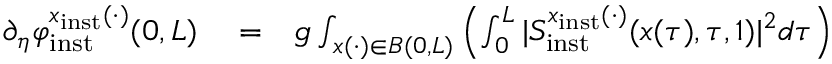
\begin{array} { r l r } { \partial _ { \eta } \varphi _ { \mathrm { i n s t } } ^ { x _ { \mathrm { i n s t } } ( \cdot ) } ( 0 , L ) } & { { } = } & { g \int _ { x ( \cdot ) \in B ( 0 , L ) } \left( \int _ { 0 } ^ { L } \vert S _ { \mathrm { i n s t } } ^ { x _ { \mathrm { i n s t } } ( \cdot ) } ( x ( \tau ) , \tau , 1 ) \vert ^ { 2 } d \tau \right) } \end{array}